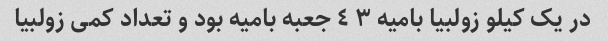
در یک کیلو زولبیا بامیه ٣ ٤ جعبه بامیه بود و تعداد کمی زولبیا